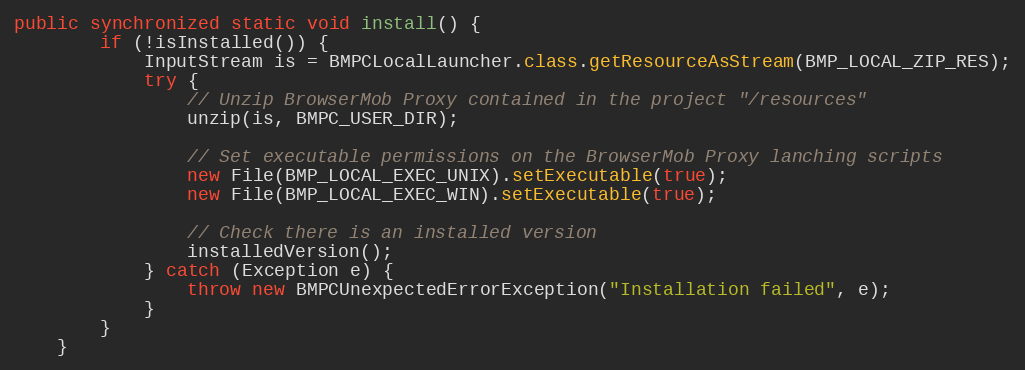
Language: Java
public synchronized static void install() {
        if (!isInstalled()) {
            InputStream is = BMPCLocalLauncher.class.getResourceAsStream(BMP_LOCAL_ZIP_RES);
            try {
                // Unzip BrowserMob Proxy contained in the project "/resources"
                unzip(is, BMPC_USER_DIR);

                // Set executable permissions on the BrowserMob Proxy lanching scripts
                new File(BMP_LOCAL_EXEC_UNIX).setExecutable(true);
                new File(BMP_LOCAL_EXEC_WIN).setExecutable(true);

                // Check there is an installed version
                installedVersion();
            } catch (Exception e) {
                throw new BMPCUnexpectedErrorException("Installation failed", e);
            }
        }
    }